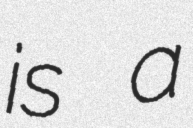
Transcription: is a